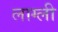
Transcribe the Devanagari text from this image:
लाग्ली